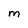
Character: M